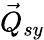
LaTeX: \vec{Q}_{sy}